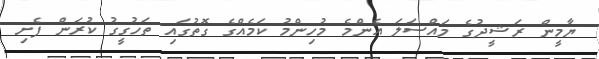
ޔާމީން ރަޝީދުގެ މައްސަލަ އެންމެ މުހިންމު ކަމެއްގެ ގޮތުގައި ތަހުގީގު ކުރަން ފެށި